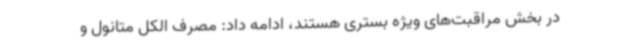
در بخش مراقبت‌های ویژه بستری هستند، ادامه داد: مصرف الکل متانول و